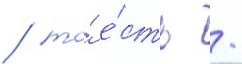
/ то́ е́сть /